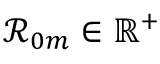
\mathcal { R } _ { 0 m } \in \mathbb { R } ^ { + }